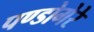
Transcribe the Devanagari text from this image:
पण्डोगेरे